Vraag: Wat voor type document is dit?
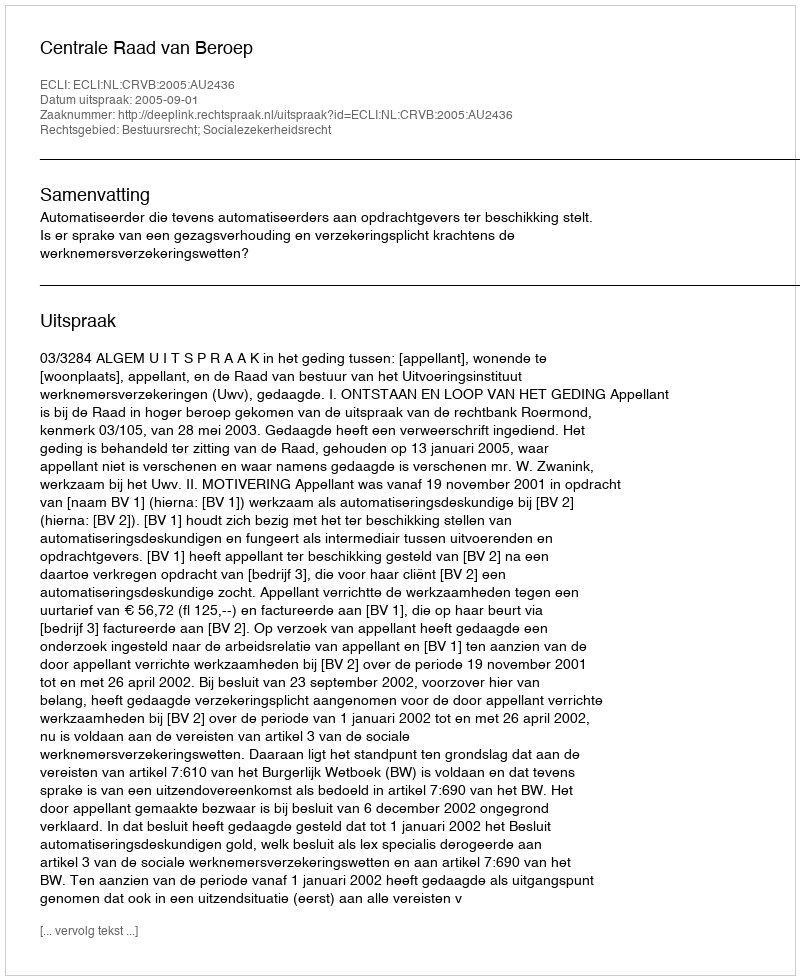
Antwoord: Uitspraak